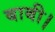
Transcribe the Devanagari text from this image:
बाबी।